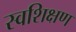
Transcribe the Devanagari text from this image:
स्वशिक्षण